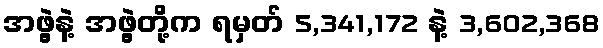
အဖွဲ့နဲ့ အဖွဲ့တို့က ရမှတ် 5,341,172 နဲ့ 3,602,368